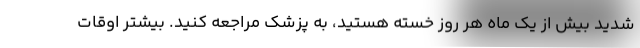
شدید بیش از یک ماه هر روز خسته هستید، به پزشک مراجعه کنید. بیشتر اوقات